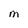
Character: M